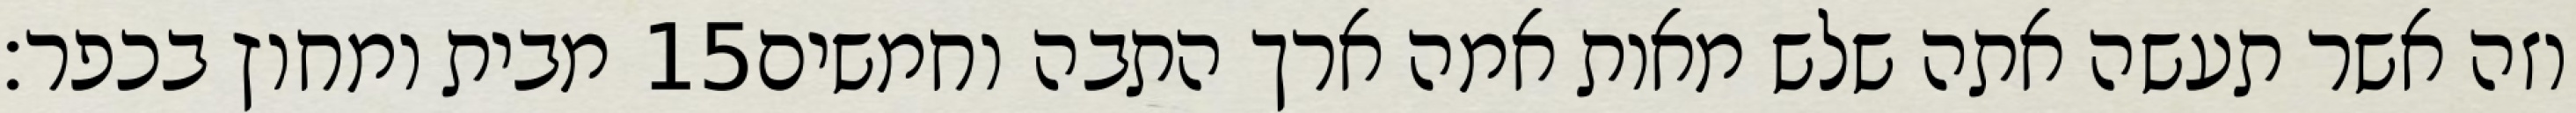
מבית ומחוץ בכפר׃ ‎15‏ וזה אשר תעשה אתה שלש מאות אמה ארך התבה וחמשים